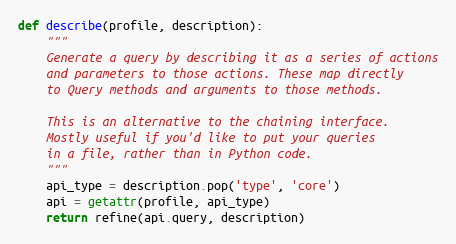
Language: Python
def describe(profile, description):
    """
    Generate a query by describing it as a series of actions
    and parameters to those actions. These map directly
    to Query methods and arguments to those methods.

    This is an alternative to the chaining interface.
    Mostly useful if you'd like to put your queries
    in a file, rather than in Python code.
    """
    api_type = description.pop('type', 'core')
    api = getattr(profile, api_type)
    return refine(api.query, description)